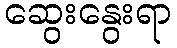
ဆွေးနွေးရာ